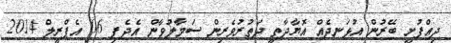
ދިއްފުށީ ބޭރުން އުޅަނދެއް އޮޔާދާތީ ދަތުރުވެރިން ސަމާލުވާން އެދެފި 06 އެޕްރީލް 2014